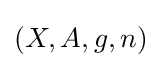
(X,A,g,n)